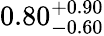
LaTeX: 0.80_{-0.60}^{+0.90}